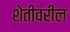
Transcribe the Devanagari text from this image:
शेतीवरील